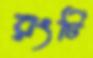
রংটি